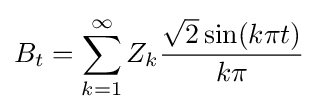
B_{t}=\sum _{k=1}^{\infty }Z_{k}{\frac {{\sqrt {2}}\sin(k\pi t)}{k\pi }}